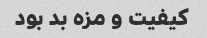
کیفیت و مزه بد بود